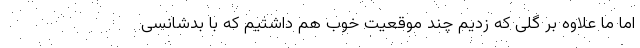
اما ما علاوه بر گلی که زدیم چند موقعیت خوب هم داشتیم که با بدشانسی